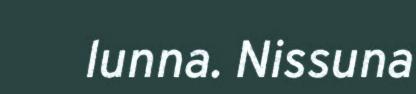
lunna. Nissuna